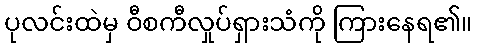
ပုလင်းထဲမှ ဝီစကီလှုပ်ရှားသံကို ကြားနေရ၏။